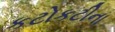
કટોકટીના